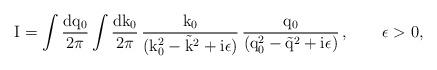
LaTeX: \begin{align*}\rm I = \int \frac {dq_0}{2\pi} \int \frac{dk_0}{2\pi} \,\frac {k_0}{(k_0^2-\vec{k}^2+i\epsilon)} \,\frac {q_0}{(q_0^2-\vec{q}^2+i\epsilon)}\,,\qquad\epsilon >0,\end{align*}